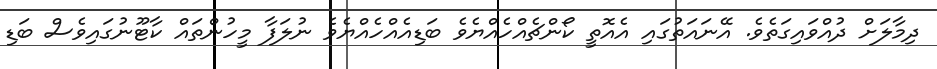
ދިމާލަށް ދުއްވައިގަތެވެ. އޭނައަތުގައި އެއޮތީ ކޯންޗެއްހެއްޔެވެ ބަޑިއެއްހެއްޔެވެ ނުލަފާ މީހުންތައް ކާޓޫނުގައިވެސް ބަޑި